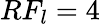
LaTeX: RF_{l}=4